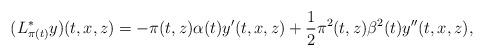
LaTeX: \begin{align*}(L^*_{\pi(t)}y)(t,x,z)=-\pi(t,z)\alpha(t) y'(t,x,z) + \frac{1}{2} \pi^2(t,z)\beta^2(t) y''(t,x,z),\end{align*}